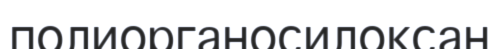
полиорганосилоксан